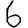
Digit: 6